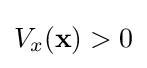
V_{x}(\mathbf {x} )>0